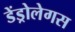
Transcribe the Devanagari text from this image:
डेंड्रोलेगस